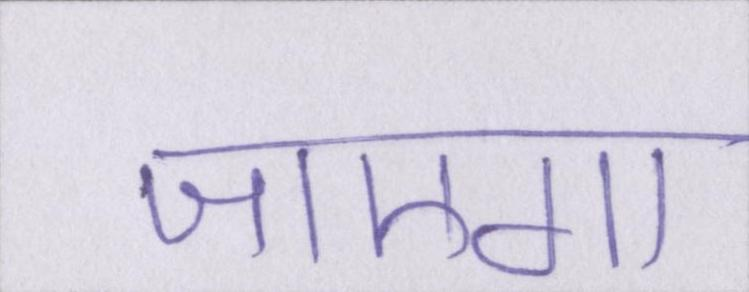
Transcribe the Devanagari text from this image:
जाएगा